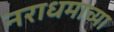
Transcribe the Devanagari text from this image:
नराधमाच्या